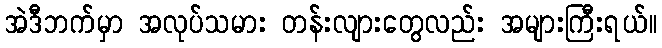
အဲဒီဘက်မှာ အလုပ်သမား တန်းလျားတွေလည်း အများကြီးရယ်။